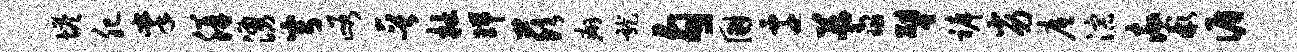
塔肥掌胼涌穹峪晋杜瑞兹癖龙勾国迁蓍譬裤劣底淙率彬循